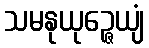
သမနုယုဉ္ဇေယျံ